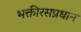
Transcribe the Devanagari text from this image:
भक्तीरसप्रधान